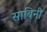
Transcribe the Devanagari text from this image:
साबिनी